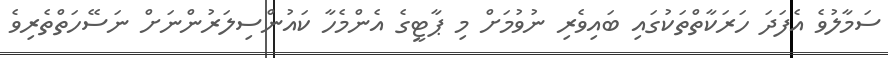
ސަމާލުވެ އެފަދަ ހަރަކާތްތަކުގައި ބައިވެރި ނުވުމަށް މި ޕާޓީގެ އެންމެހާ ކައުންސިލަރުންނަށް ނަސޭހަތްތެރިވެ